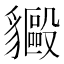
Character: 𬥍